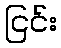
ငြင်း